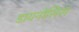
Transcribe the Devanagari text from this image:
डायनोसिस